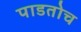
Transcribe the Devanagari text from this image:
पाडतोच